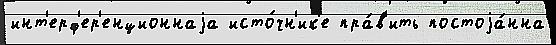
инт'ерф'ер'енционнаjа исто́чн'ик'е пра́в'ить постоjа́нна